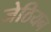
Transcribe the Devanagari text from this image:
जेठियन